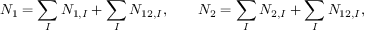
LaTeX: N _ { 1 } = \sum _ { I } N _ { 1 , I } + \sum _ { I } N _ { 1 2 , I } , \qquad N _ { 2 } = \sum _ { I } N _ { 2 , I } + \sum _ { I } N _ { 1 2 , I } ,